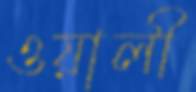
ওয়ালী